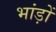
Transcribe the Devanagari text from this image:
भांड़ों